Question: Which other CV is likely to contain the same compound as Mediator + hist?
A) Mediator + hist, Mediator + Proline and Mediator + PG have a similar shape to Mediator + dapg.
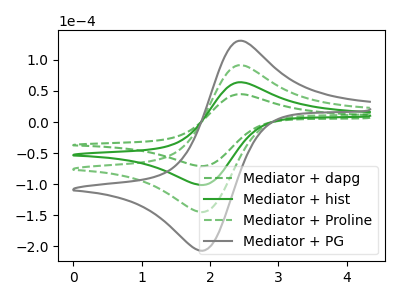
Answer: <think>The green dashed curve "Mediator + dapg" has an anodic peak at (2.40V, 44.75uA) and a cathodic peak at (1.90V, -71.00uA). The green curve "Mediator + hist" has an anodic peak at (2.40V, 64.00uA) and a cathodic peak at (1.90V, -101.50uA). The green dashed curve "Mediator + Proline" has an anodic peak at (2.40V, 127.95uA) and a cathodic peak at (1.90V, -203.00uA). The gray curve "Mediator + PG" has an anodic peak at (2.40V, 191.95uA) and a cathodic peak at (1.90V, -304.50uA).
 All the peaks in "Mediator + dapg" have a peak in "Mediator + hist" at the same potential. Every peak in "Mediator + dapg" is lower than every peak in "Mediator + hist". All the peaks in "Mediator + dapg" have a peak in "Mediator + Proline" at the same potential. Every peak in "Mediator + dapg" is lower than every peak in "Mediator + Proline". All the peaks in "Mediator + dapg" have a peak in "Mediator + PG" at the same potential. Every peak in "Mediator + dapg" is lower than every peak in "Mediator + PG". All the peaks in "Mediator + hist" have a peak in "Mediator + Proline" at the same potential. Every peak in "Mediator + hist" is lower than every peak in "Mediator + Proline". All the peaks in "Mediator + hist" have a peak in "Mediator + PG" at the same potential. Every peak in "Mediator + hist" is lower than every peak in "Mediator + PG". All the peaks in "Mediator + Proline" have a peak in "Mediator + PG" at the same potential. Every peak in "Mediator + Proline" is lower than every peak in "Mediator + PG".</think>
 <answer>A) "Mediator + hist", "Mediator + Proline" and "Mediator + PG" have a similar shape to "Mediator + dapg".</answer>
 <eval>A</eval>